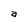
Character: a